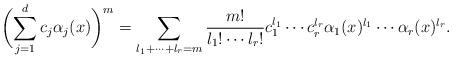
LaTeX: \begin{align*}\biggl(\sum_{j=1}^dc_j\alpha_j(x)\biggr)^m =\sum_{l_1+\dots+l_r=m} \frac{m!}{l_1!\cdots l_r!} c_1^{l_1}\cdots c_r^{l_r} \alpha_1(x)^{l_1}\cdots \alpha_r(x)^{l_r}.\end{align*}